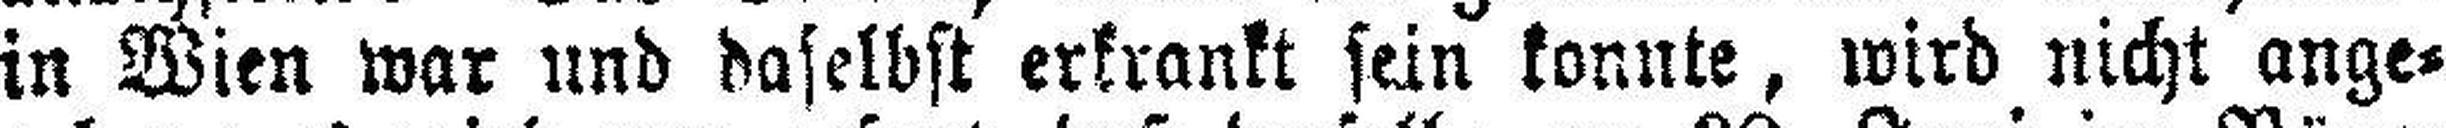
in Wien war und daselbst erkrankt sein konnte, wird nicht ange¬